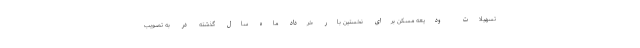
تسهیلات ودیعه مسکن برای نخستین بار خرداد ماه سال گذشته در به تصویب